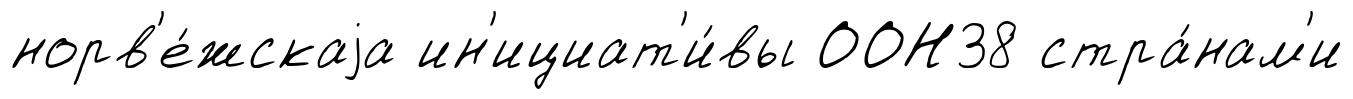
норв'е́жскаjа ин'ициат'и́вы ООН38 стра́нам'и